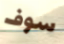
سوف